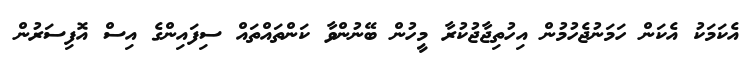
އެކަމަކު އެކަން ހަމަނުޖެހުމުން އިހުތިޖާޖުކުރާ މީހުން ބޭނުންވާ ކަންތައްތައް ސިފައިންގެ އިސް އޮފިސަރުން